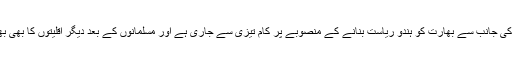
اطلاعات کے مطابق مودی سرکار کی جانب سے بھارت کو ہندو ریاست بنانے کے منصوبے پر کام تیزی سے جاری ہے اور مسلمانوں کے بعد دیگر اقلیتوں کا بھی بھارت میں رہنا مشکل کردیا گیا ہے۔